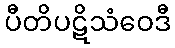
ပီတိပဋိသံဝေဒီ